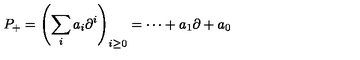
P _ { + } = \left( \sum _ { i } a _ { i } \partial ^ { i } \right) _ { i \geq 0 } = \cdots + a _ { 1 } \partial + a _ { 0 }